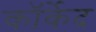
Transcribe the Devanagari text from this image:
कॉर्केद